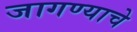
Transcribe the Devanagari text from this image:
जागण्याचे